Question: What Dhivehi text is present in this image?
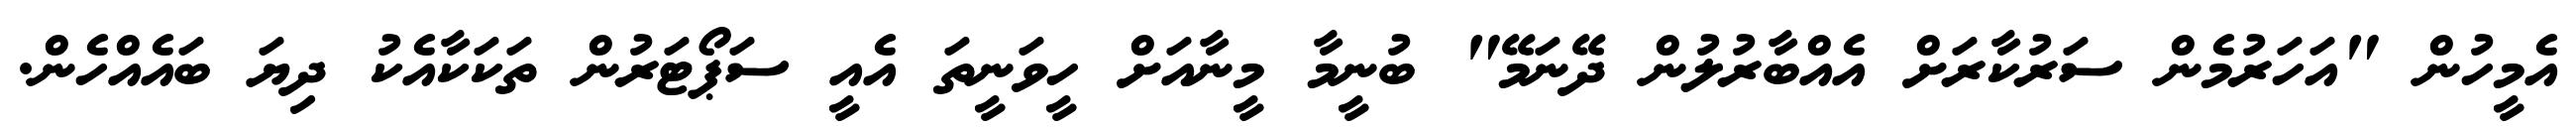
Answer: އެމީހުން "އަހަރުމެން ސަރުކާރަށް އެއްބާރުލުން ދޭނަމޭ" ބުނީމާ މީނާއަށް ހީވަނީތަ އެއީ ސަޕޯޓަރުން ތަކަކާއެކު ދިޔަ ބައެއްހެން.